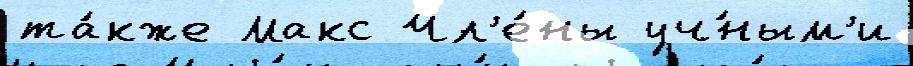
та́кже Макс Чл'е́ны уч́ным'и